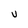
Character: U